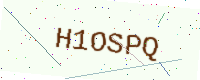
Text: H1OSPQ